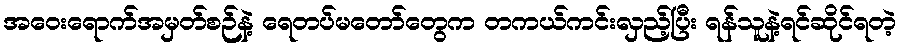
အဝေးရောက်အမှတ်စဉ်နဲ့ ရေတပ်မတော်တွေက တကယ်ကင်းလှည့်ပြီး ရန်သူနဲ့ရင်ဆိုင်ရတဲ့